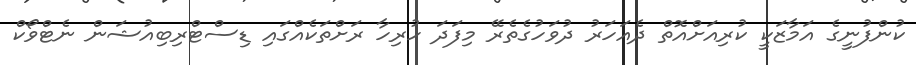
ކުންފުނީގެ އަމާޒަކީ ކުރިއަށްއޮތް ދެއަހަރު ދުވަހުގެތެރޭ މިފަދަ ހުރިހާ ރަށްތަކެއްގައި ޑިސްޓްރިބިއުޝަން ނެޓްވޯކް